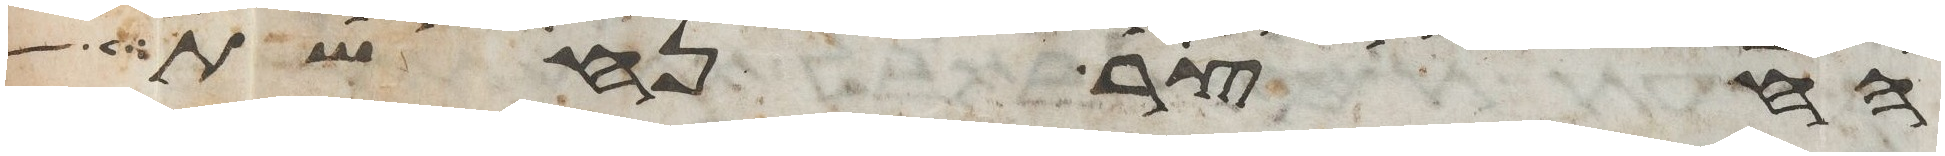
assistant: החצר נחשת